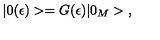
| 0 ( \epsilon ) > = G ( \epsilon ) | 0 _ { M } > { , }